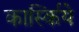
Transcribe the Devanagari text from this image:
कार्स्किये